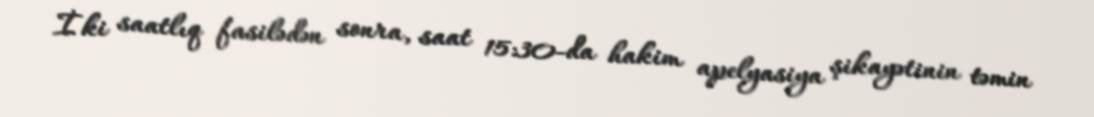
İki saatlıq fasilədən sonra, saat 15:30-da hakim apelyasiya şikayətinin təmin